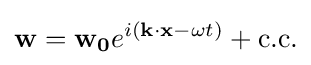
\mathbf {w} =\mathbf {w_{0}} e^{i(\mathbf {k} \cdot \mathbf {x} -\omega t)}+{\text{c.c.}}